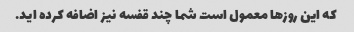
که این روزها معمول است شما چند قفسه نیز اضافه کرده اید.